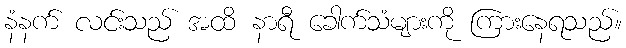
နံနက် လင်းသည် အထိ နာရီ ခေါက်သံများကို ကြားနေရသည်။